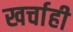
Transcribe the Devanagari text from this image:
खर्चाही